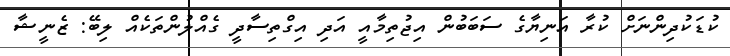
ކުޑަކުދިންނަށް ކުރާ އަނިޔާގެ ސަބަބުން އިޖުތިމާއީ އަދި އިގްތިސާދީ ގެއްލުންތަކެއް ލިބޭ: ޒެނީޝާ